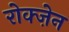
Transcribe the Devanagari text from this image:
रोक्ज़ेन